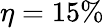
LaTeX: \eta=15\%